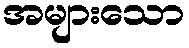
အများသော